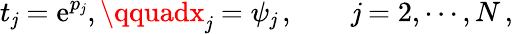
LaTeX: t_{\mathit{j}}=\mathrm{{e}}^{p_{\mathit{j}}},\qquadx_{\mathit{j}}=\psi_{\mathit{j}}\, ,\qquad\mathit{j}=2,\cdots,N\, ,